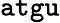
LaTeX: \tt atgu